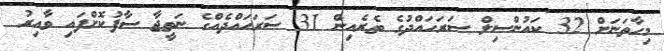
މިހާތަނަށް 32 ކައުންސިލް ސަރަހައްދުގެ ތެރެއިން 31 ސަރަހައްދެއްގެ ނަތީޖާ ސާފުކޮށްފައި ވާއިރު